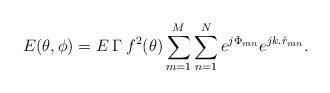
LaTeX: \begin{align*}E(\theta,\phi) = E \: \Gamma \: f^2(\theta) \sum_{m=1}^{M}\sum_{n=1}^{N} e^{j\Phi_{mn}} e^{jk.\hat{r}_{mn}}. \end{align*}